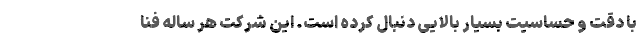
با دقت و حساسیت بسیار بالایی دنبال کرده است. این شرکت هر ساله فنا